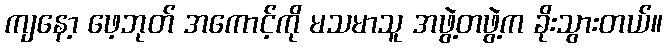
ကျနော့ ဖေ့ဘုတ် အကောင့်ကို မသမာသူ အဖွဲ့တဖွဲ့က ခိုးသွားတယ်။